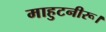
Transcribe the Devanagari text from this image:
माहुटनीरू।